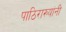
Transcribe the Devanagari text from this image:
पाठिराख्यांनी